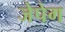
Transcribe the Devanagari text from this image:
जेपेग